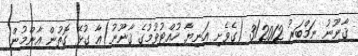
ޤާނޫނު ނަމްބަރު 3/2012 (ގެވެށި އަނިޔާ ހުއްޓުވުމުގެ ޤާނޫނު)އާ ގުޅޭ ގޮތުން އާންމުން